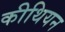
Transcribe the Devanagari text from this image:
कीथियन